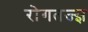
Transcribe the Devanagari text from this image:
रोगतज्ज्ञ